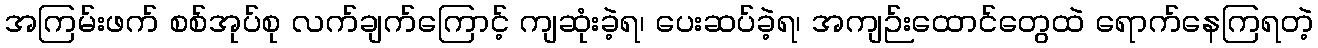
အကြမ်းဖက် စစ်အုပ်စု လက်ချက်ကြောင့် ကျဆုံးခဲ့ရ၊ ပေးဆပ်ခဲ့ရ၊ အကျဉ်းထောင်တွေထဲ ရောက်နေကြရတဲ့